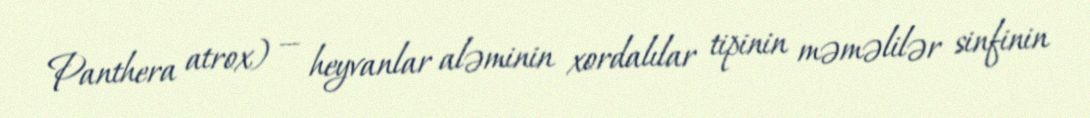
Panthera atrox) — heyvanlar aləminin xordalılar tipinin məməlilər sinfinin